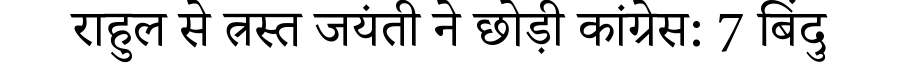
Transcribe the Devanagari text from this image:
राहुल से त्रस्त जयंती ने छोड़ी कांग्रेस: 7 बिंदु